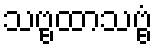
သဗ္ဗထာသဗ္ဗံ